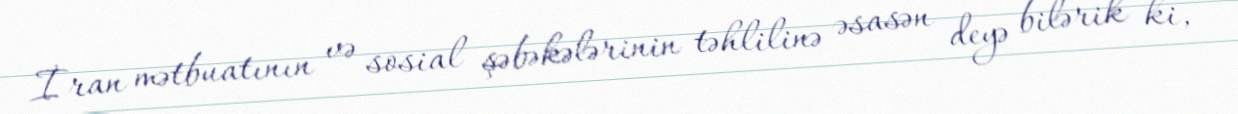
İran mətbuatının və sosial şəbəkələrinin təhlilinə əsasən deyə bilərik ki,